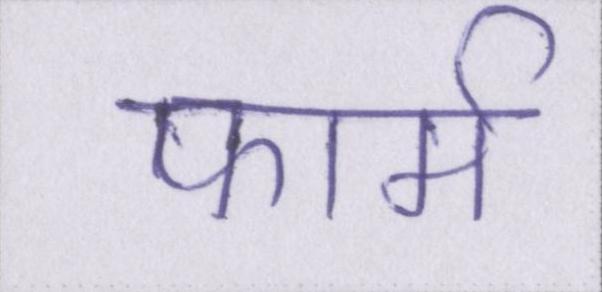
फार्म